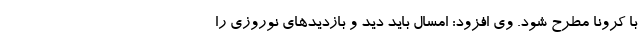
با کرونا مطرح شود. وی افزود: امسال باید دید و بازدیدهای نوروزی را